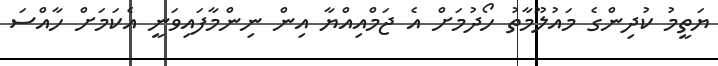
ޔަތީމު ކުދިންގެ މައުލޫމާތު ހޯދުމަށް އެ ޖަމްއިއްޔާ އިން ނިންމާފައިވަނީ އެކަމަށް ހާއްސަ